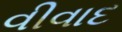
વીવાદ